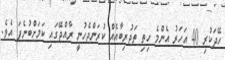
ހޭދަކުރި 40 އަހަރު އެންމެ ހިތި ތަޖުރިބާއެއް ކުރަންޖެހުނީ ރާއްޖޭގައި ކަމަށްބުނެފަ އެވެ.